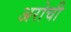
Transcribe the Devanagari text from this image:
अरोची